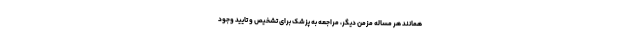
همانند هر مساله مزمن دیگر، مراجعه به پزشک برای تشخیص و تایید وجود